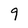
Character: 9